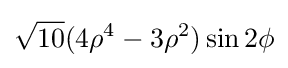
{\sqrt {10}}(4\rho ^{4}-3\rho ^{2})\sin 2\phi